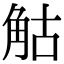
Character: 𧣗